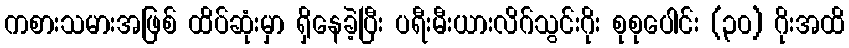
ကစားသမားအဖြစ် ထိပ်ဆုံးမှာ ရှိနေခဲ့ပြီး ပရီးမီးယားလိဂ်သွင်းဂိုး စုစုပေါင်း (၃၀) ဂိုးအထိ